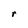
Character: r